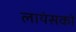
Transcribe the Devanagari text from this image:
लायंसको